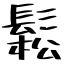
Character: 鬆